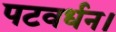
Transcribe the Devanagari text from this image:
पटवर्धन।